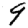
Digit: 9